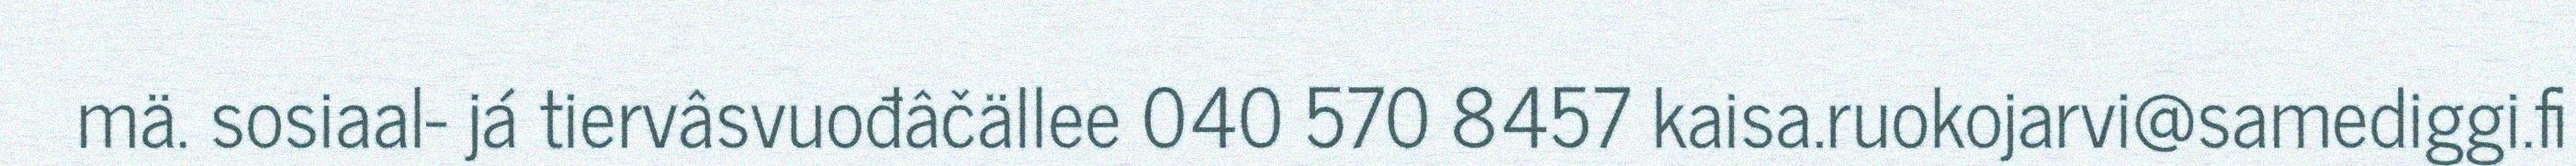
mä. sosiaal- já tiervâsvuođâčällee 040 570 8457 kaisa.ruokojarvi@samediggi.fi